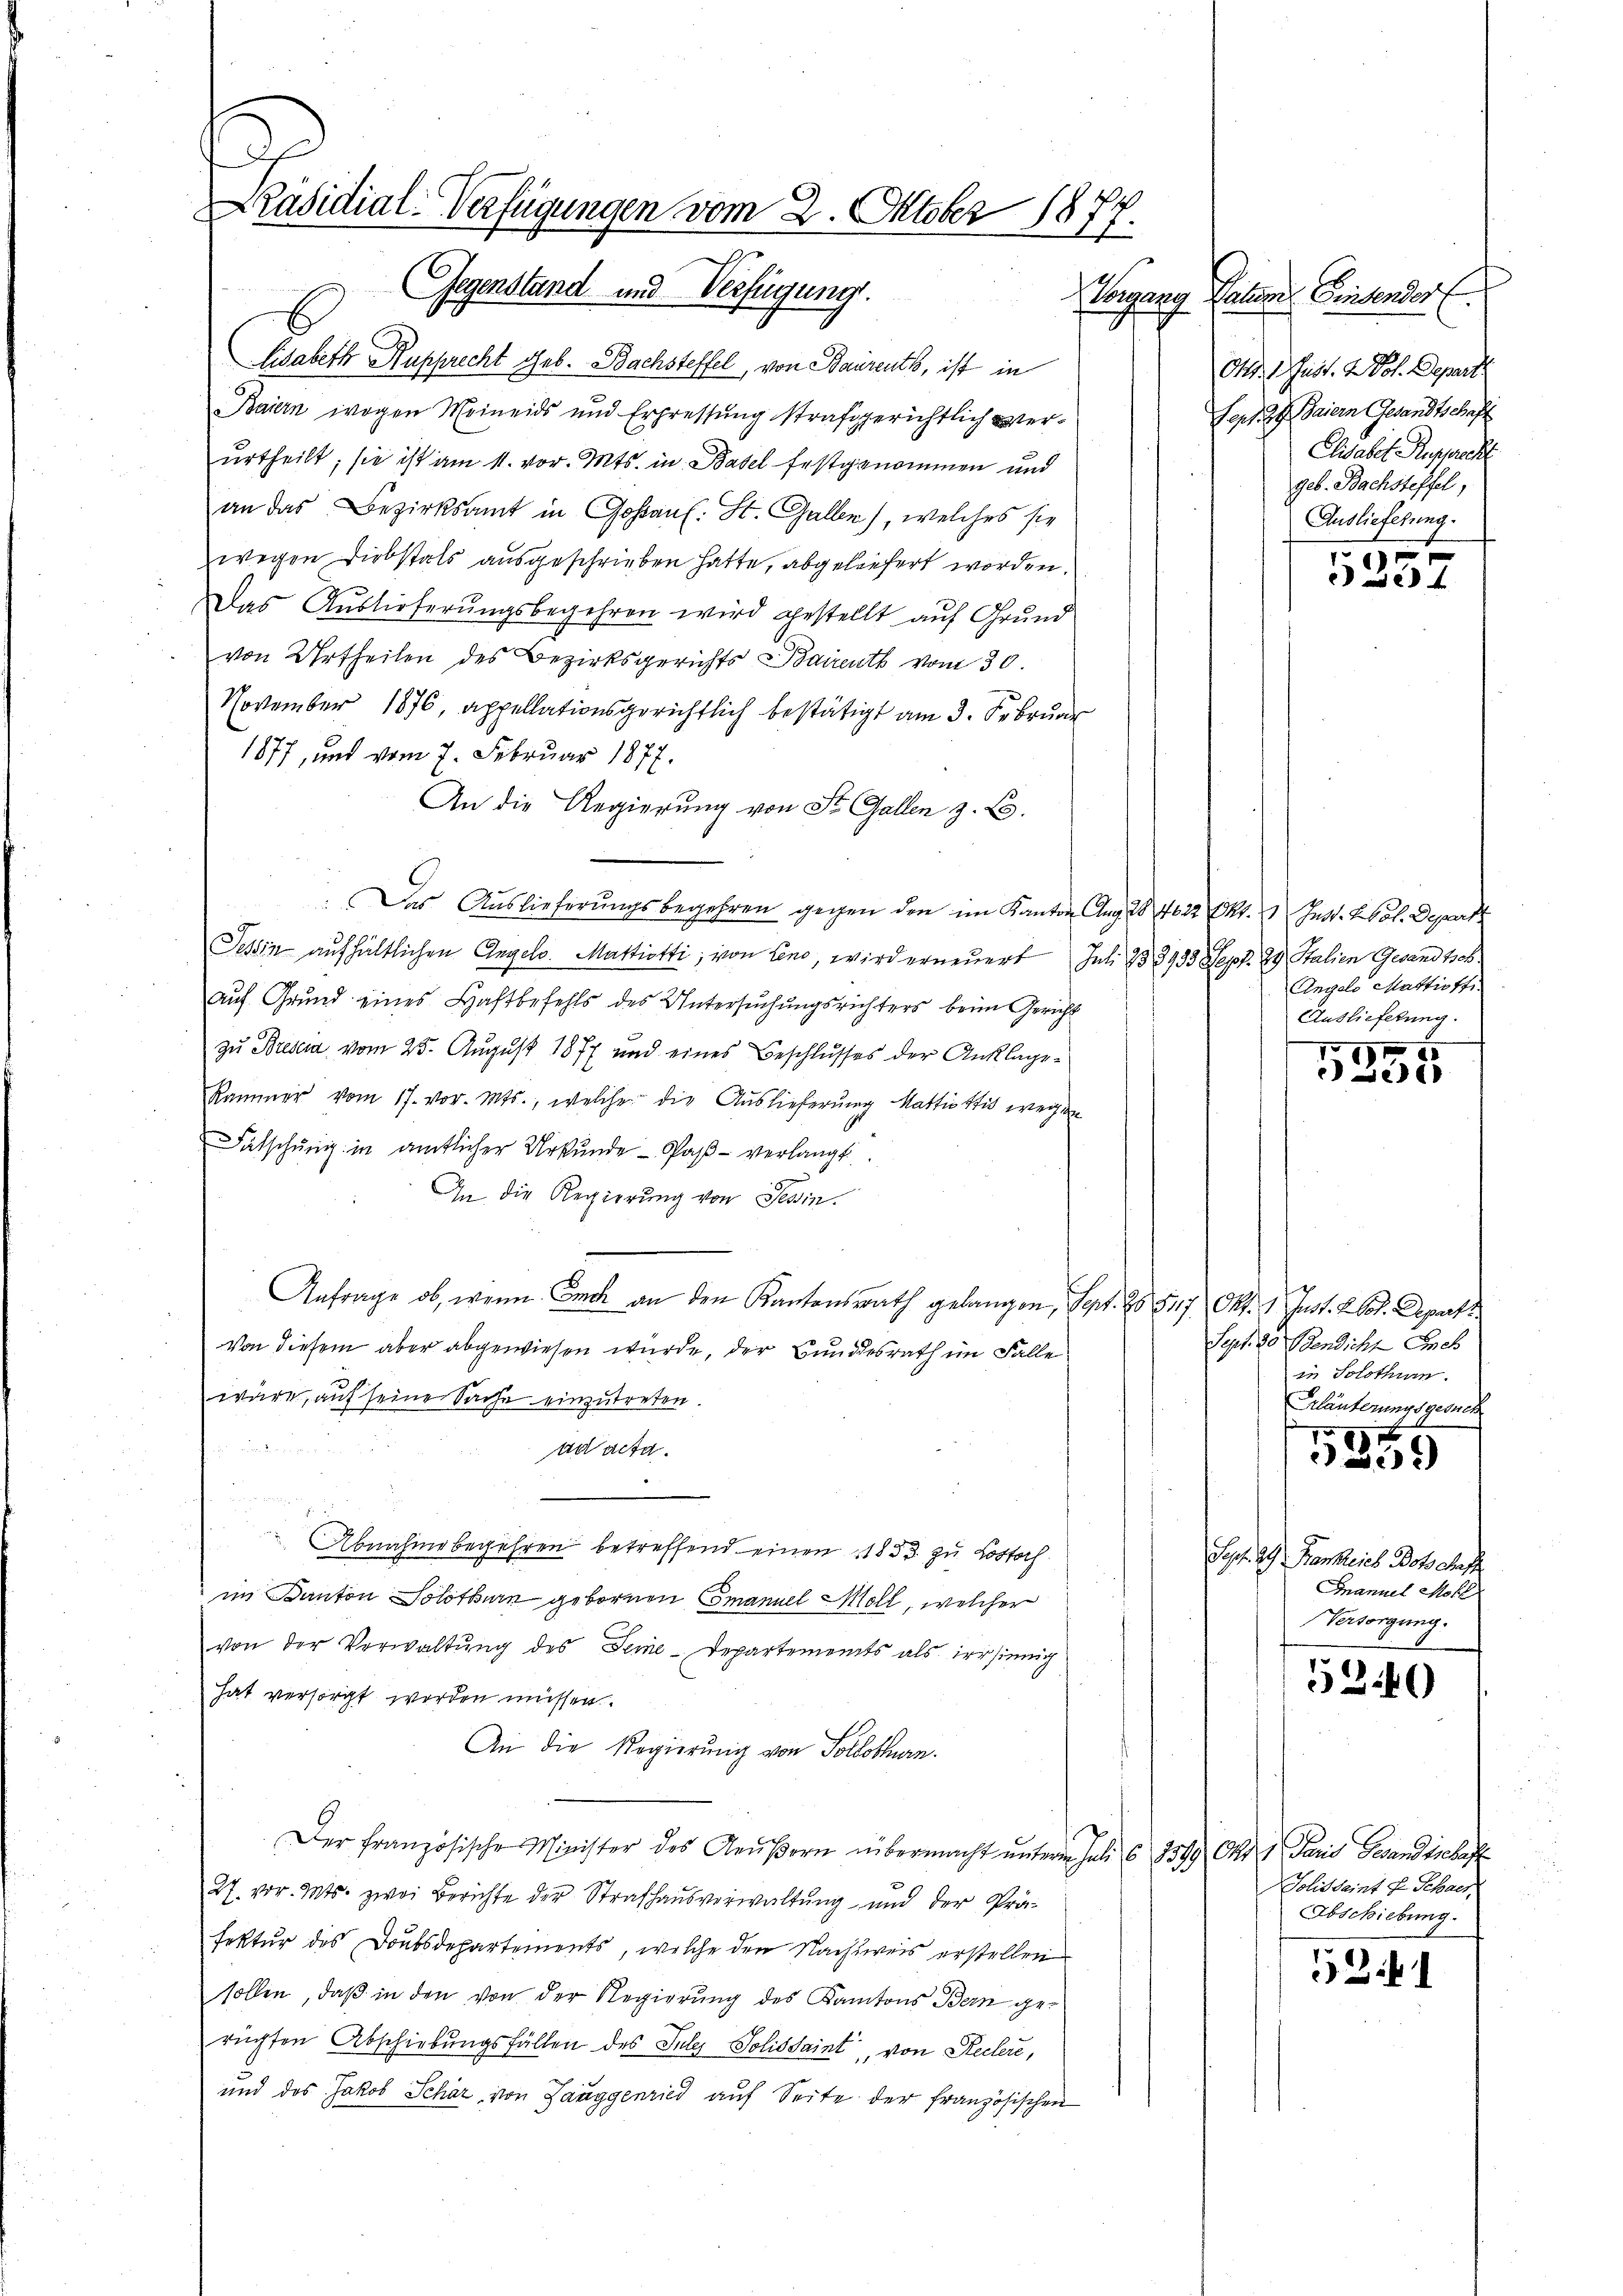
x
Präsidial-Verfügungen vom 2. Oktober 1874
u
Gegenstand und Verfügung.

Lisabeth Rupprecht geb. Bachsteffel, von Baurents, ist in
Baiern wegen Meineids und Erpressung strafgerichtlich verurtheilt; sie ist am 11. vor. Mts. in Basel festgenommen und
an das Bezirksamt in Goßaul: St. Galler), welches sie
wegen Diebstals ausgeschrieben hatte, abgeliefert worden.
Das Auslieferungsbegehren wird gestellt auf Grund
von Urtheilen des Bezirksgerichts Baireuth vom 30.
November 1876, appellationsgerichtlich bestätigt am 3. Februar
1877, und vom 7. Februar 1877.
An die Regierung von St. Gallen z. B.
Das Auslieferungsbegehren gegen den im Kanton Aug 20 4022 Pkt. Inst. Sol. Depart
Tessin aufhältlichen Angelo. Mattiotti, von Leno, wird erneuert Juli 238933 Sept. 29 Stalien Gesandtsch
Auf Grund eines Haftbefehls des Untersuchungsrichters beim Gericht
zu Brescia vom 25. August 1877 und eines Beschlusses der Anklage¬
Kammer vom 17. vor. Mts., welche die Auslieferung hattiotti wegen
Falschung in amtlicher Urkunde - Paß - verlangt.
In die Regierung von Tessin.
Anfrage ob, wenn Euch an den Kantonsrath gelangen, Sept. 25. 517 Okt. 1. Inst. L. Pot. Depart
Von diesem aber abgewiesen wurde, der Bundesrath im Falle
wäre, auf seine Sache einzutreten.

ad acta.
n . . . .
Abnahme begehren betreffend einen 1853 zu Lostoch
im Kanton Solothurn gebornen Emanuel Moll, welcher
von der Verwaltung des Seine-Departements als der sinnig
hat versorgt werden müssen.
An die Regierung von Solothurn.
Der Französische Minister des Aeußern übermacht unterm Juli 6 1899 Okt. Paris Gesandtschaft
27. vor. Mts. zwei Berichte der Strafhausverwaltung und der Präfektur des Doubsdepartements, welche den Nachweis erstellen
sollen, daß in den von der Regierung des Kantons Bern gerügten Abschiebungsfällen des July Solissaint, von Rechere,
und das Jakob Schär von Zanggenried auf Seite der französischen

Vorgang Partem Einsendorf
Ord. d. Just. 2 Polt. Depart
ept. 34. Daiern Gesandtschaft
Elisabet Rupprecht
geb. Bachsteffel,
Auslieferung.

1
 24

Ungelo Mattifte
Auslieferung.

e
5
e Lei

Sept. 30 Bendicht neb
in Solothum.
Erläuterungsgesuch

5

Sept. 39. Bankreich Doto Auf
Fnanuel Mohl
Versorgung.
5240

Tolissaint E. Schaes
Abschiebung.

521